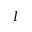
l